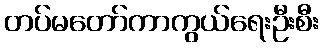
တပ်မတော်ကာကွယ်ရေးဦးစီး